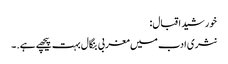
خورشید اقبال:
نثری ادب میں مغربی بنگال بہت پیچھے ہے. ۔